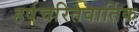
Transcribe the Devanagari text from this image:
हर्षचरितवार्तिक